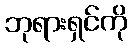
ဘုရားရှင်ကို